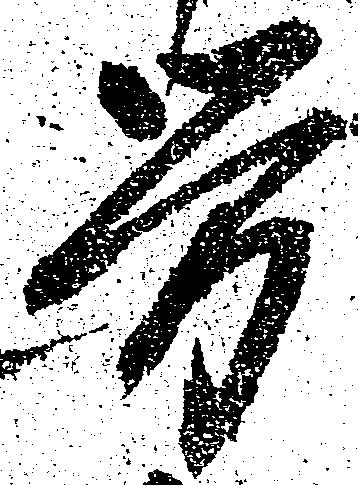
労